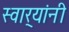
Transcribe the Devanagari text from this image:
स्वार्‍यांनी